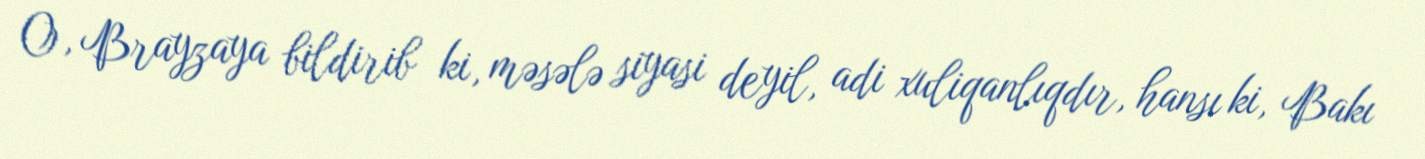
O, Brayzaya bildirib ki, məsələ siyasi deyil, adi xuliqanlıqdır, hansı ki, Bakı